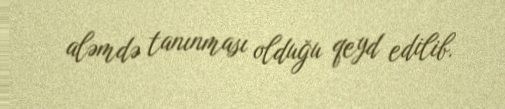
aləmdə tanınması olduğu qeyd edilib.